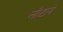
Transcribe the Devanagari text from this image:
लौटाये